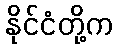
နိုင်ငံတို့က